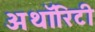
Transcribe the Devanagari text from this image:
अथाॅरिटी